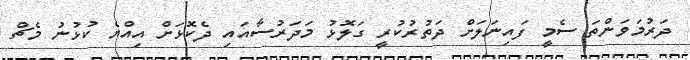
ދަރުމަވަންތަ ސެމީ ފައިނަލަށް ދަތުރުކުރީ ގަލޮޅު މަދަރުސާއައި ދެކޮޅަށް އިއްޔެ ކުޅުނު މެޗް